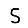
Digit: 5